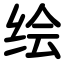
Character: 绘